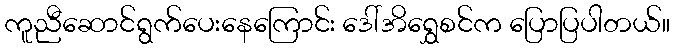
ကူညီဆောင်ရွက်ပေးနေကြောင်း ဒေါ်အိရွှေစင်က ပြောပြပါတယ်။